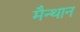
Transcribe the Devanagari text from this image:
मैन्थान